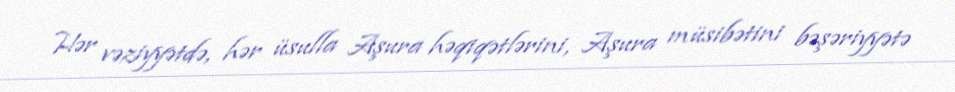
Hər vəziyyətdə, hər üsulla Aşura həqiqətlərini, Aşura müsibətini bəşəriyyətə